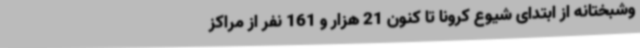
وشبختانه از ابتدای شیوع کرونا تا کنون 21 هزار و 161 نفر از مراکز